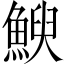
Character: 𮫿